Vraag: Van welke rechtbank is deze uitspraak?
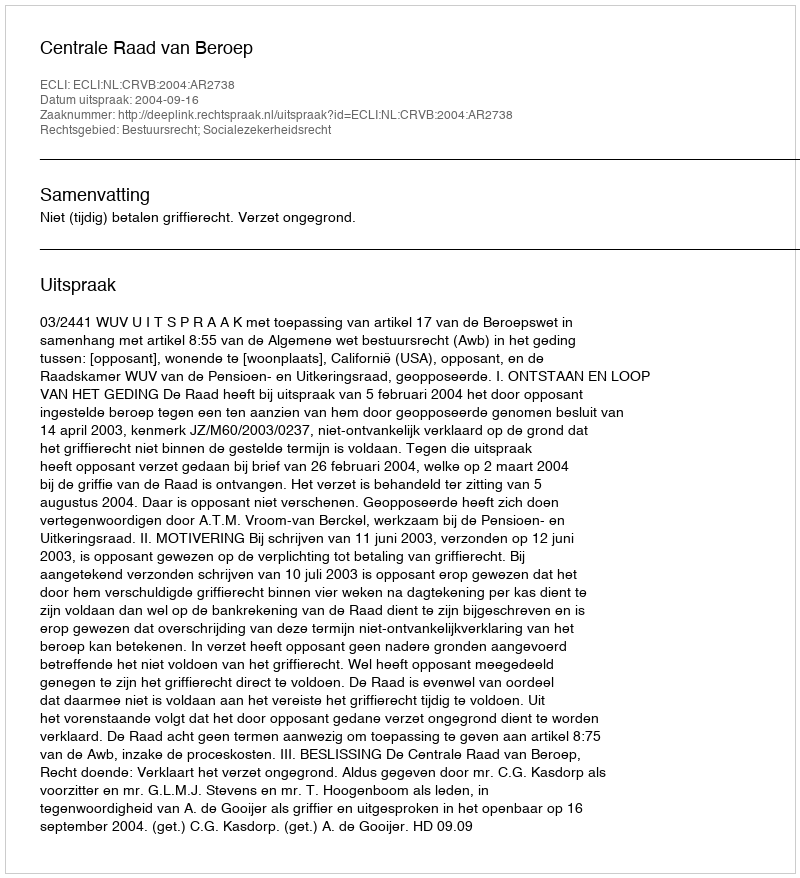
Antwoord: Centrale Raad van Beroep